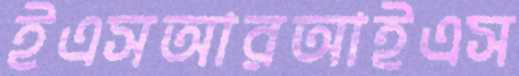
ইএসআরআইএস